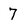
Character: 7